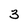
Character: 3